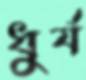
ধুর্য